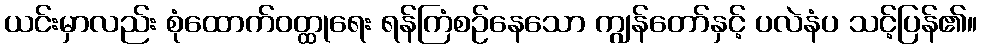
ယင်းမှာလည်း စုံထောက်ဝတ္ထုရေး ရန်ကြံစဉ်နေသော ကျွန်တော်နှင့် ပလဲနံပ သင့်ပြန်၏။